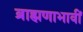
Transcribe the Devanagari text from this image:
ब्राह्मणाभावीं